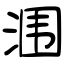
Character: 涠